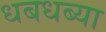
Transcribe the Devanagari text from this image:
धबधब्या